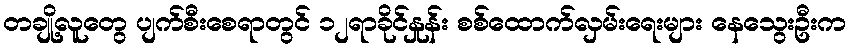
တချို့လူတွေ ပျက်စီးစေရာတွင် ၁၂ရာခိုင်နှုန်း စစ်ထောက်လှမ်းရေးများ နေသွေးဦးက